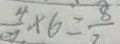
\frac { 4 } { 2 } \times 6 = \frac { 8 } { 7 }